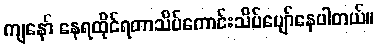
ကျနော် နေရထိုင်ရတာသိပ်ကောင်းသိပ်ပျော်နေပါတယ်။